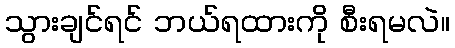
သွားချင်ရင် ဘယ်ရထားကို စီးရမလဲ။